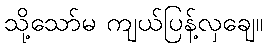
သို့သော်မ ကျယ်ပြန့်လှချေ။